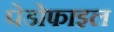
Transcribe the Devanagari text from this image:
पेडोफाइल